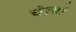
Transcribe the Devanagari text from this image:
चेत्यों